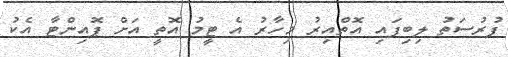
ފުރުސަތު ލިިބިފައި އޮތްއިރު މިހާރު އެ ޓީމު އޮތީ އަށް ޕޮއިންޓާ އެކު